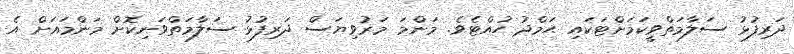
ދަރިފުޅު ސަލާމަތްވީކަމަށްޓަކައި ޙަމްދު ހުއްޓެވެ. މަންމަ މަރުވިޔަސް ދަރިފުޅު ސަލާމަތްވަނިކޮށް މަންމައަށް އެ